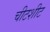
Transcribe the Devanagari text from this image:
चीटशीट